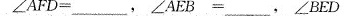
$$∠ A F D = ___$$，$$∠ A E B =___，$$∠ B E L